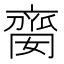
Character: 𠆈